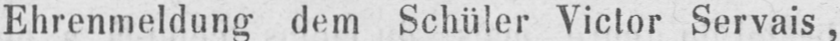
Ehrenmeldung dem Schüler Victor Servais,